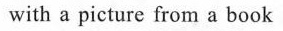
with a picture from a book